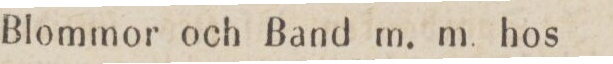
Blommor och Band m. m. hos